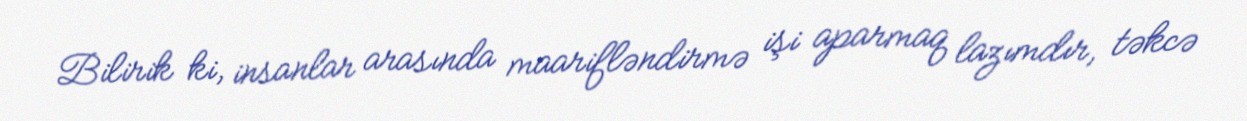
Bilirik ki, insanlar arasında maarifləndirmə işi aparmaq lazımdır, təkcə